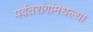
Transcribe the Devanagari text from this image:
पर्वतरांगांमधल्या